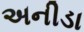
અનીડા